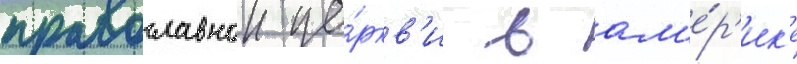
православнои це́ркв'и в ам'е́р'ик'е